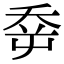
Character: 𡴘